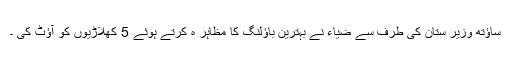
ساؤتھ وزیر ستان کی طرف سے ضیاء نے بہترین باؤلنگ کا مظاہر ہ کرتے ہوئے 5 کھلاڑیوں کو آؤٹ کی ۔